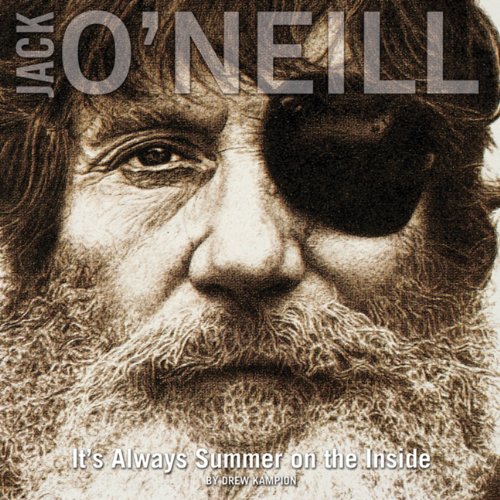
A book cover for Jack O'Neill: It's Always Summer On the Inside; Drew Kampion; Sports & Outdoors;